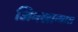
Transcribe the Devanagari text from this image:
जिमखान्यात